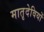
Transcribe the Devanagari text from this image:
मातृदेवियों